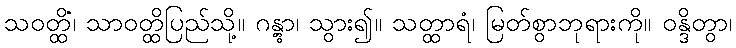
သဝတ္ထိံ၊ သာဝတ္ထိပြည်သို့။ ဂန္တွာ၊ သွား၍။ သတ္ထာရံ၊ မြတ်စွာဘုရားကို။ ဝန္ဒိတွာ၊